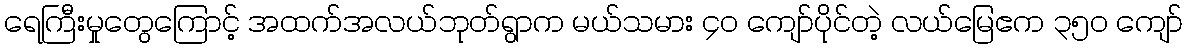
ရေကြီးမှုတွေကြောင့် အထက်အလယ်ဘုတ်ရွာက မယ်သမား ၄၀ ကျော်ပိုင်တဲ့ လယ်မြေဧက ၃၅၀ ကျော်